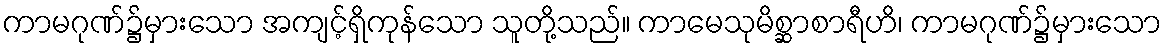
ကာမဂုဏ်၌မှားသော အကျင့်ရှိကုန်သော သူတို့သည်။ ကာမေသုမိစ္ဆာစာရီဟိ၊ ကာမဂုဏ်၌မှားသော